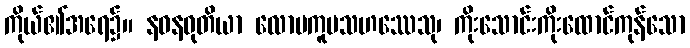
ကိုယ်၏အရေ၌။ နဝနဝုတိယာ လောမကူပသဟဿေသု၊ ကိုးသောင်းကိုးထောင်ကုန်သော